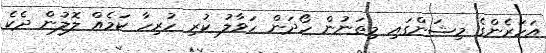
އަހަރެންގެ މިޝަންގައި މިތަނުން ހޯދަން ހަވާލު ކުރި ހުރިހާ ކަމެއް ލޮލުން ދެކެ